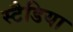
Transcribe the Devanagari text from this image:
स्टैडिया